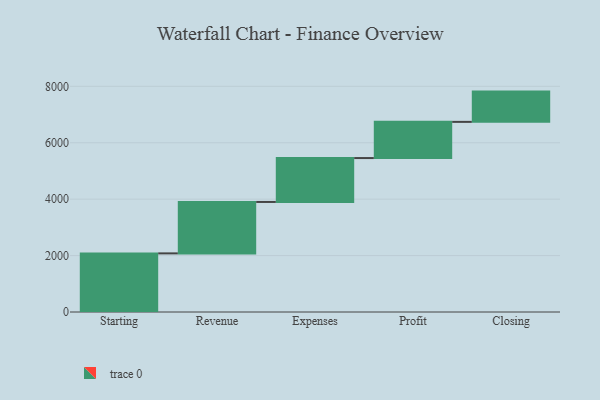
{"axis": {"x": "Step", "y": "Value"}, "legend": [""], "data": [{"x": "Starting", "y": 2078.0, "type": ""}, {"x": "Revenue", "y": 1823.0, "type": ""}, {"x": "Expenses", "y": 1556.0, "type": ""}, {"x": "Profit", "y": 1283.0, "type": ""}, {"x": "Closing", "y": 1073.0, "type": ""}]}